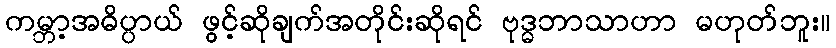
ကမ္ဘာ့အဓိပ္ပာယ် ဖွင့်ဆိုချက်အတိုင်းဆိုရင် ဗုဒ္ဓဘာသာဟာ မဟုတ်ဘူး။